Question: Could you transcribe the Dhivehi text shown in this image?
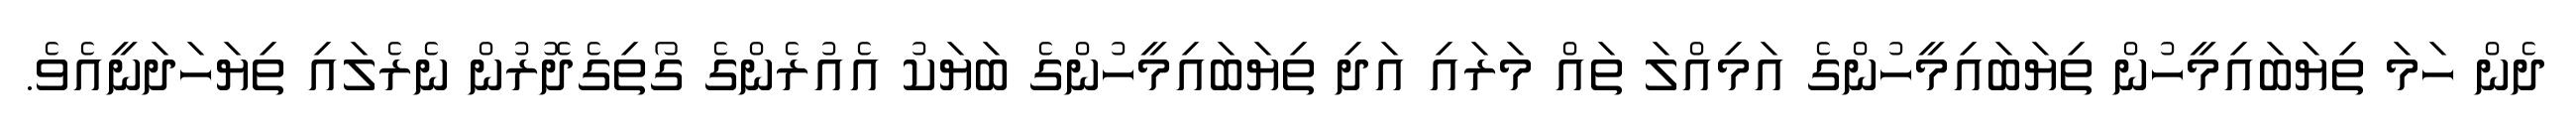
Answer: ދެން ހަމަ ތިޔަބައިމީހުން ތިޔަބައިމީހުންގެ އަމިއްލަ ތައް މަރައި އަދި ތިޔަބައިމީހުންގެ ބަޔަކު އެއުރެންގެ ގޯތިގެދޮރުން ނެރެލައި ތިޔަހަދަނީއެވެ.